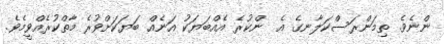
ންނެވެ. ތިމަންރަސްކަލާނގެ އެ  ންކުރެ އެއްބަޔަކު އަނެއް ބަޔަކަށްވުރެ މާތްކުރެއްވީމެވެ.